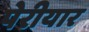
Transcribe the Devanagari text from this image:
पेरीयार